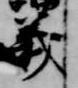
義